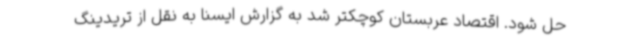
حل شود. اقتصاد عربستان کوچکتر شد به گزارش ایسنا به نقل از تریدینگ